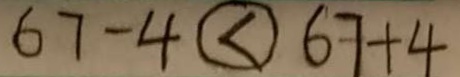
6 7 - 4 \textcircled { < } 6 7 + 4